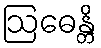
ဩဓေန္တိ